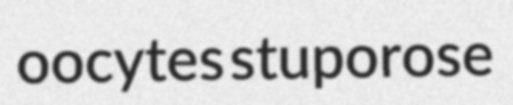
oocytes stuporose